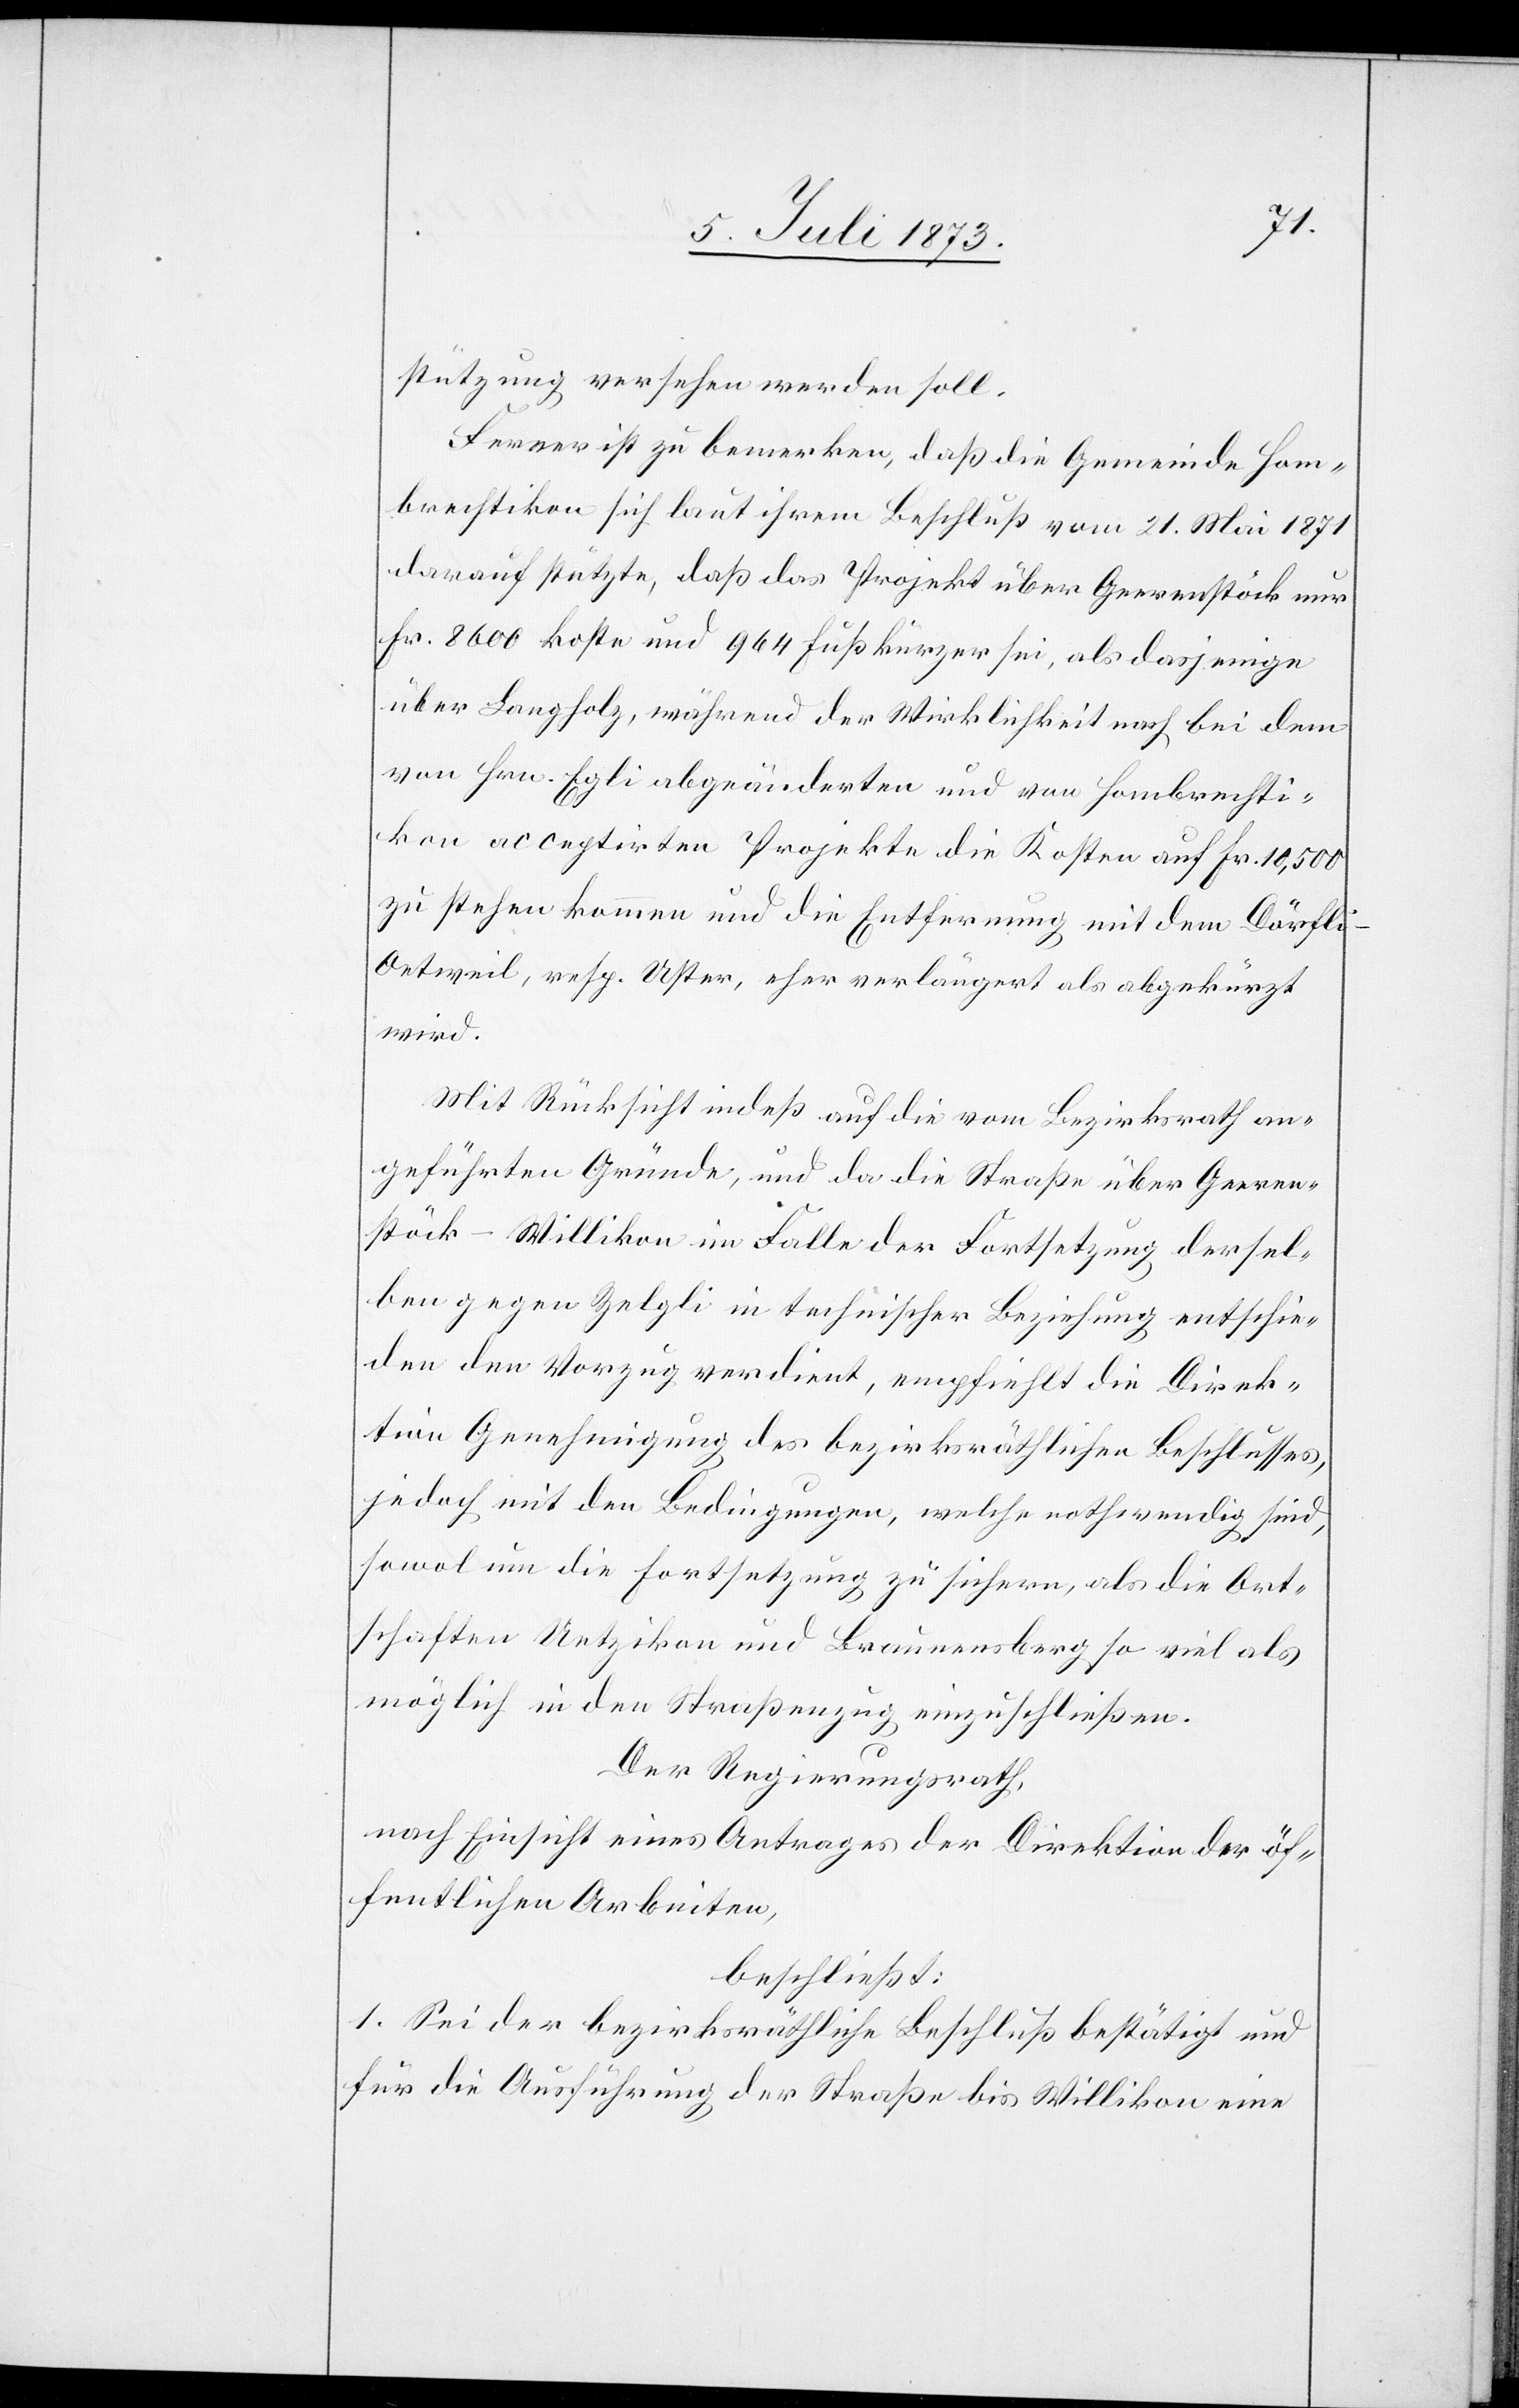
stützung versehen werden soll.
Ferner ist zu bemerken, daß die Gemeinde Hom¬
brechtikon sich laut ihrem Beschluß vom 21. Mai 1871
darauf stützte, daß das Projekt über Geerenstöck nur
Fr. 8 600 koste und 964 Fuß kürzer sei, als dasjenige
über Langholz, während der Wirklichkeit nach bei dem
von Hrn. Egli abgeänderten und von Hombrechti¬
kon acceptirten Projekte die Kosten auf Fr. 10,500
zu stehen kommen und die Entfernung mit dem Dörfli-O¬
etweil, resp. Uster eher verlängert als abgekürzt
wird.
Mit Rücksicht indeß auf die vom Bezirksrath an¬
geführten Gründe, und da die Straße über Geeren¬
stöck–Willikon im Falle der Fortsetzung dersel¬
ben gegen Zelgli in technischer Beziehung entschie¬
den den Vorzug verdient, empfiehlt die Direk¬
tion Genehmigung des bezirksräthlichen Beschlusses,
jedoch mit den Bedingungen, welche nothwendig sind,
sowol um die Fortsetzung zu sichern, als die Ort¬
schaften Uetzikon und Braunensberg so viel als
möglich in den Straßenzug einzuschließen.
Der Regierungsrath,
nach Einsicht eines Antrages der Direktion der öf¬
fentlichen Arbeiten,
beschließt:
1. Sei der bezirksräthliche Beschluß bestätigt und
für die Ausführung der Straße bis Willikon eine